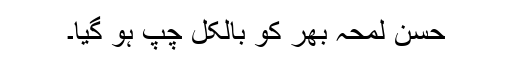
حسن لمحہ بھر کو بالکل چپ ہو گیا۔